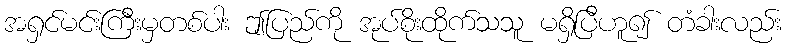
အရှင်မင်းကြီးမှတစ်ပါး ဤပြည်ကို အုပ်စိုးထိုက်သသူ မရှိပြီဟူ၍ တံခါးလည်း